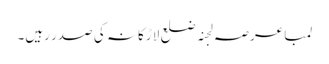
لمبا عرصہ لجنہ ضلع لاڑکانہ کی صدر رہیں۔